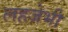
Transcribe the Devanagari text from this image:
लहजेभी